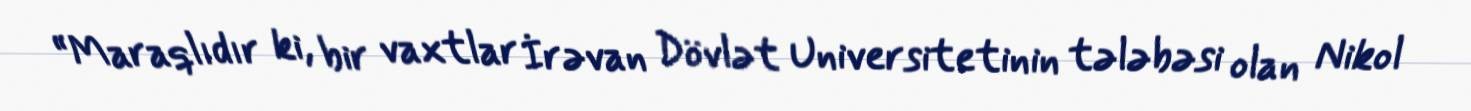
“Maraqlıdır ki, bir vaxtlar İrəvan Dövlət Universitetinin tələbəsi olan Nikol